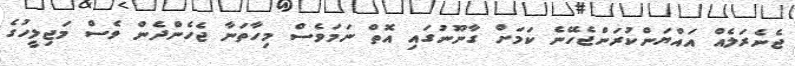
ޖެނެރަލެއް އައްޔަންކުރަންޖެހޭނެ ކަމަށް ގާނޫނުގައި އޮތް ނަމަވެސް މިހާތަނާ ޖެހެންދެން ވެސް މަޖިލީހުގެ